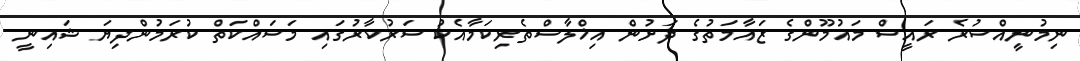
ނިމުނީއްސުރެ ރައީސް މައުމޫންގެ ޒައާމަތުގެ ދަށުން އިޚްލާސްތެރިކަމާއެކު ސަރުކާރުގައި މަސައްކަތް ކުރަމުންދިޔަ ޝައިނީ